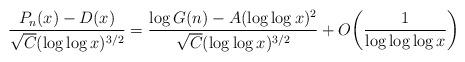
LaTeX: \begin{align*} \frac{P_n(x) - D(x)}{\sqrt C(\log\log x)^{3/2}} = \frac{\log G(n) - A(\log\log x)^2}{\sqrt C(\log\log x)^{3/2}} + O\bigg( \frac1{\log\log\log x} \bigg)\end{align*}